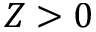
Z > 0